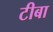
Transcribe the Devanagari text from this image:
टीबा